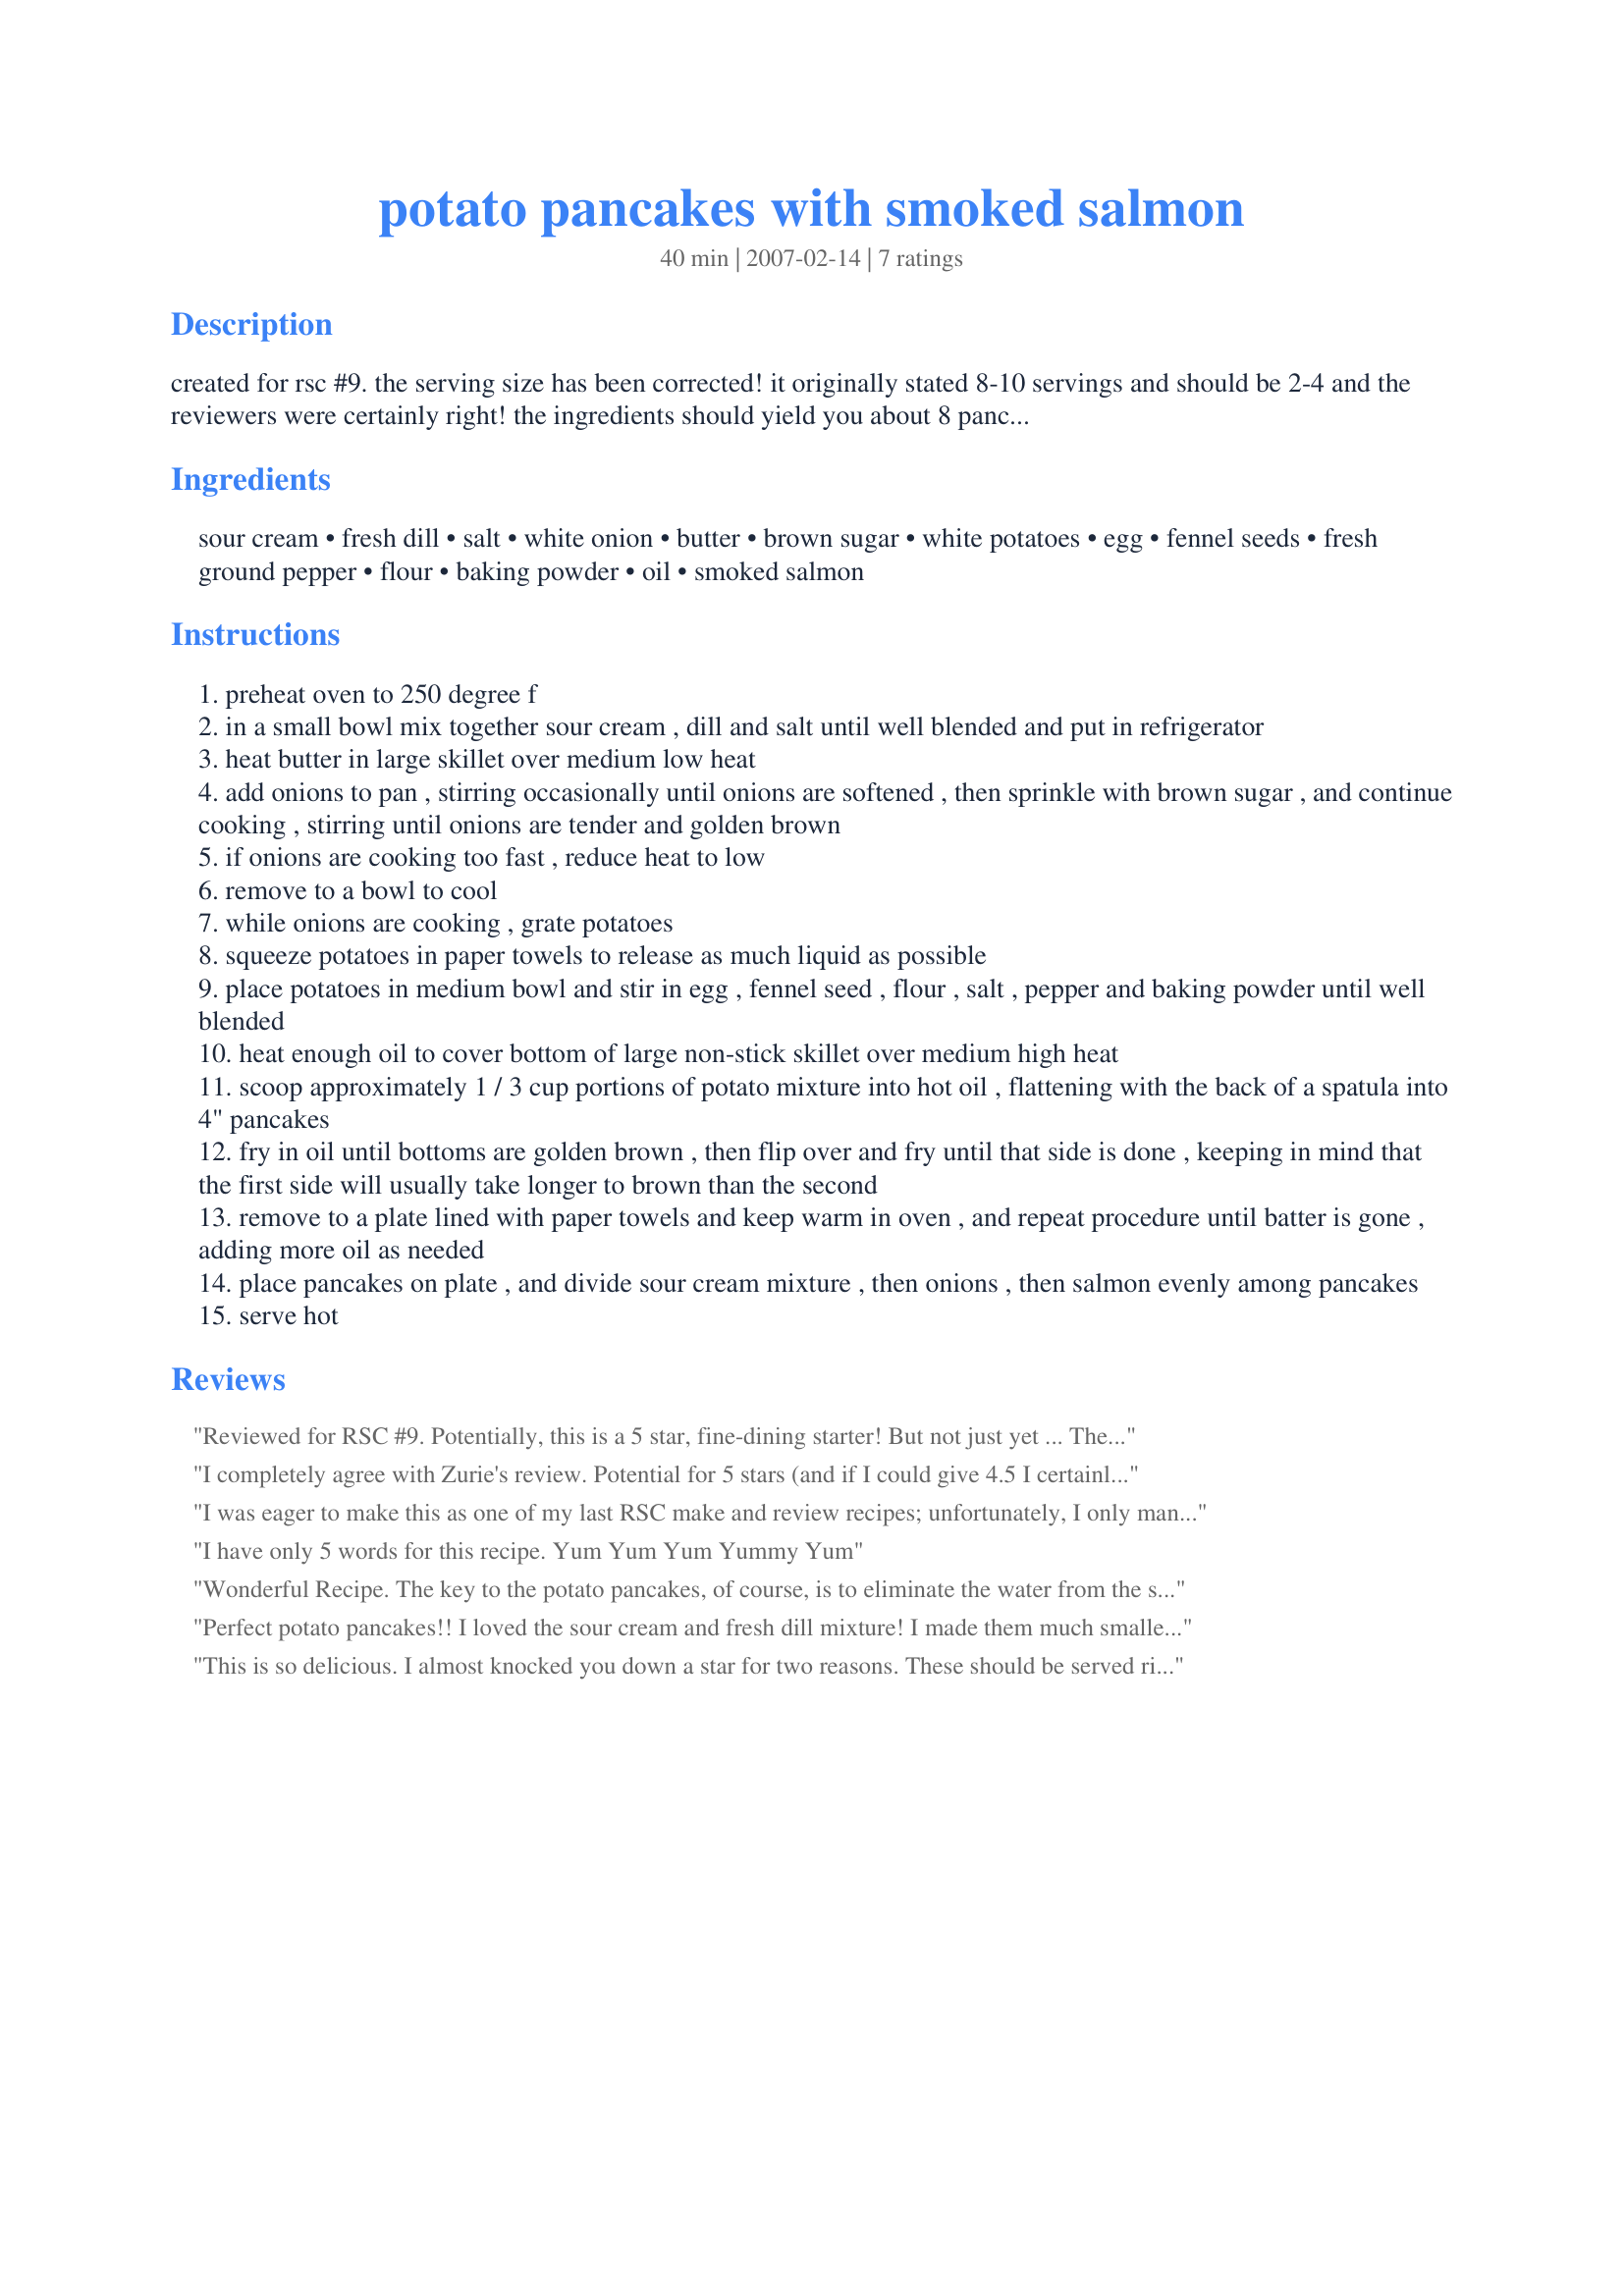
potato pancakes with smoked salmon
Preparation time: 40 minutes

created for rsc #9. the serving size has been corrected! it originally stated 8-10 servings and should be 2-4 and the reviewers were certainly right! the ingredients should yield you about 8 pancakes based on their small size.

crispy potato pancakes topped with caramelized onions, smoked salmon and dill sour cream. i would serve two of these as a first course per person, or serve 4 as a light lunch.

Ingredients:
sour cream, fresh dill, salt, white onion, butter, brown sugar, white potatoes, egg, fennel seeds, fresh ground pepper, flour, baking powder, oil, smoked salmon

Steps:
preheat oven to 250 degree f
in a small bowl mix together sour cream , dill and salt until well blended and put in refrigerator
heat butter in large skillet over medium low heat
add onions to pan , stirring occasionally until onions are softened , then sprinkle with brown sugar , and continue cooking , stirring until onions are tender and golden brown
if onions are cooking too fast , reduce heat to low
remove to a bowl to cool
while onions are cooking , grate potatoes
squeeze potatoes in paper towels to release as much liquid as possible
place potatoes in medium bowl and stir in egg , fennel seed , flour , salt , pepper and baking powder until well blended
heat enough oil to cover bottom of large non-stick skillet over medium high heat
scoop approximately 1 / 3 cup portions of potato mixture into hot oil , flattening with the back of a spatula into 4" pancakes
fry in oil until bottoms are golden brown , then flip over and fry until that side is done , keeping in mind that the first side will usually take longer to brown than the second
remove to a plate lined with paper towels and keep warm in oven , and repeat procedure until batter is gone , adding more oil as needed
place pancakes on plate , and divide sour cream mixture , then onions , then salmon evenly among pancakes
serve hot

Reviews:
Reviewed for RSC #9. Potentially, this is a 5 star, fine-dining starter! But not just yet ... The cook made magic with the flavours she chose for these little potato pancakes. The fennel seeds were a delicate counterpoint to the delicious sweetish onion, which I cooked to caramelising point. The crisp potato, sour cream with dill, onion and salmon came together in a most successful and gorgeous taste. So: why not 5 stars? Because the cook was a little too casual with the amounts of ingredients, and I had to tweak these to make sure there would be at least 8 little pancakes (she said "2 medium potatoes". I used 4 potatoes, and I also used more onion, but it almost didn't stretch to 8 pancakes: the recipe is for 8 - 10). The sour cream was on the runny side: cream cheese would have been a better choice. Also, I wasn't sure whether she was referring to hot or cold smoked salmon, but that's a minor point. (I only had the hot-smoked kind). I served these lukewarm (quite fashionable these days -- not wanting to heat the sour cream and salmon too much). The potato cakes did not stay crisp (maybe a plan can be made with that yet). With the little ingredient tweaks suggested, this should be a 5 star recipe. It's absolutely delicious, the flavours well thought out, and a keeper! A clever recipe.
I completely agree with Zurie's review. Potential for 5 stars (and if I could give 4.5 I certainly would), loved the fennel seeds in the potato cakes, the caramalised onion, the dill and sour cream mixture topped with the smoked salmon. However, I had no clue how many potatoes to use. I ended up using 550g because in another recipe the weight (which was about a pound I believe) was given in addition to the remark of 2 potatoes. I had to use 12 potatoes to get this amount - potatoes are quite small in Switzerland. Furthermore, my friend and I (two women) ate all the potato cakes for dinner together with a side salad. But nevertheless, this recipe is a keeper for sure. Thank you so much for creating it!
I was eager to make this as one of my last RSC make and review recipes; unfortunately, I only managed 5 pancakes based on the ingredients, and they were a lttle greasy and not very crispy! I love Rosti and Potato cakes in all guises - so feeling a little guilty that I may have made a mistake, I tried again! I managed to make 6 pancakes this time but with an extra potato and the flavours were a bit diluted due to adding an extra spud! We loved the whole concept of this recipe - it has all our favourite elements - potatos, sour cream(we subbed creme fraiche) and smoked salmon....wonderful! I WILL be making these again - normally I would have tweaked this recipe to make it work, but as it was an entry for RSC, I stuck with the ingredients AND the measurments as much as possible. They were EXTREMELY nice and I am VERY pleased that I tried them, thanks for posting such a wonderful recipe for RSC and please be assured that we DID enjoy them and I will be making them again! Good Luck - a very lovely recipe, just needs tweaking a bit!! :-)
I have only 5 words for this recipe. Yum Yum Yum Yummy Yum
Wonderful Recipe. The key to the potato pancakes, of course, is to eliminate the water from the shredded potatoes so they will fry and keep crisp -it's worth the effort. Regulate the amount of sugar on the onions so they don't become cloyingly sweet and you have a true winner. The one variant to the recipe I did was to spritz the salmon with a few drops of fresh lemon juice on service.
Perfect potato pancakes!!
I loved the sour cream and fresh dill mixture! I made them much smaller than stated in recipe and they made a perfect finger food!! 
Good luck in the contest!
This is so delicious. I almost knocked you down a star for two reasons. These should be served right out of the pan so they are crisp outside -they go a bit soft sitting in th oven and the number of servings says 8-10 where it should be number of pancakes - it is a bit misleading. However they were just too good to take away a star - I used Lox and sweet onions. I will make thse again next week as an appetizer served before a luncheon. I'll cut the size of the pancakes to 2" and serve 2 per person. You did a great job on this recipe. Good luck in the contest
